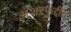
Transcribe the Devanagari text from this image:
अशरफुद्दीन